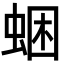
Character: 𧋕